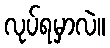
လုပ်ရမှာလဲ။